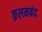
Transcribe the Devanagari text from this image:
क़लमबंद